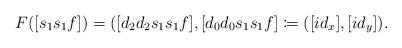
LaTeX: \begin{align*} F([s_1s_1f]) &= ([d_2d_2s_1s_1f], [d_0d_0s_1s_1f] \coloneqq([id_x], [id_y]).\end{align*}